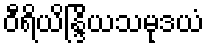
ဝီရိယိန္ဒြိယသမုဒယံ